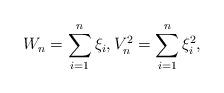
LaTeX: \begin{align*}W_n = \sum_{i=1}^n\xi_i,V_n^2= \sum_{i=1}^n\xi_i^2,\end{align*}